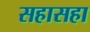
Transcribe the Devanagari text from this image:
सहासहा